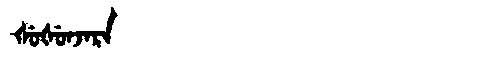
Manchu: ᡧᡠᡧᡠᠨᠵᠠᡵᠠ
Romanization: ŠUŠUNJARA